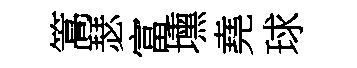
篙瑟富壎堯球